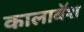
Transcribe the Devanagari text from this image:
कालाबॅश